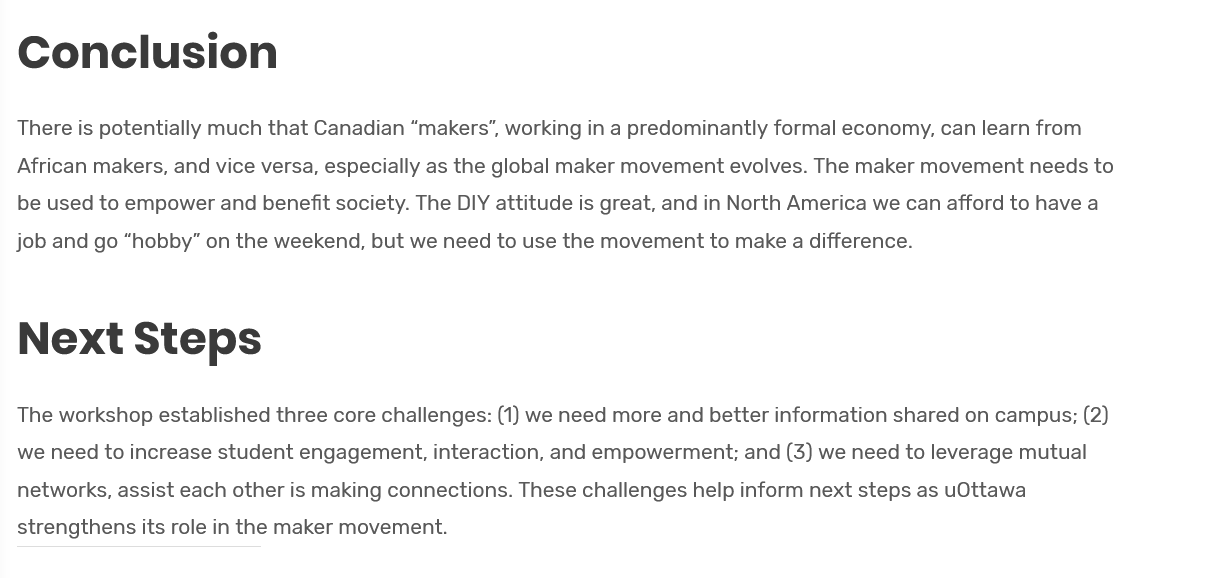
Conclusion
  Next    Steps
  There is potentially much that Canadian “makers”, working in a predominantly formal economy, can learn from
  African makers, and vice versa, especially as the global maker movement evolves. The maker movement needs to
  be used to empower and benefit society. The DIY attitude is great, and in North America we can afford to have a
  job and go “hobby” on the weekend, but we need to use the movement to make a difference.
  The workshop established three core challenges: (1) we need more and better information shared on campus; (2)
  we need to increase student engagement, interaction, and empowerment; and (3) we need to leverage mutual
  networks, assist each other is making connections. These challenges help inform next steps as uOttawa
  strengthens its role in the maker movement.